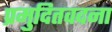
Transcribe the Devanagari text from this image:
प्रमुदितवदना